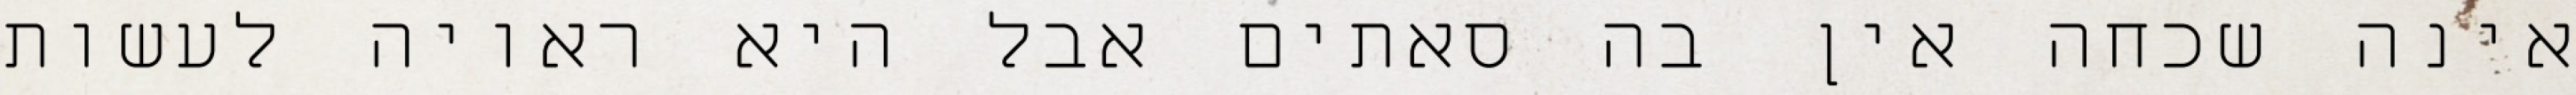
אינה שכחה אין בה סאתים אבל היא ראויה לעשות